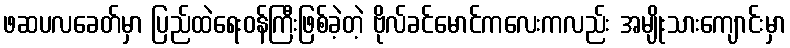
ဖဆပလခေတ်မှာ ပြည်ထဲရေးဝန်ကြီးဖြစ်ခဲ့တဲ့ ဗိုလ်ခင်မောင်ကလေးကလည်း အမျိုးသားကျောင်းမှာ